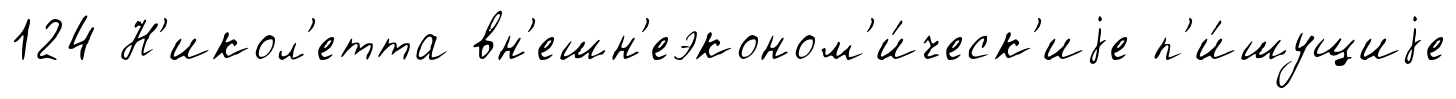
124 Н'икол'етта вн'ешн'еэконом'и́ческ'иjе п'и́шущиjе